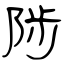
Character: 陟